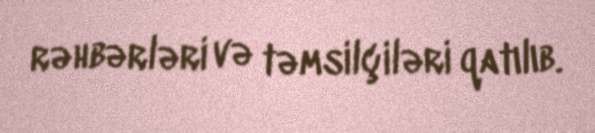
rəhbərləri və təmsilçiləri qatılıb.